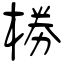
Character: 椦